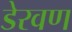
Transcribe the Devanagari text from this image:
डेरवण